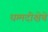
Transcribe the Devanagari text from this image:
धम्मदीक्षेचे